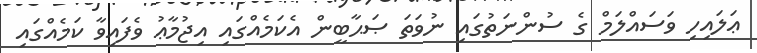
ޢަލައިހި ވަސައްލަމް ގެ ސުންނަތުގައި ނުވަތަ ޞަޙާބީން އެކަމެއްގައި އިޖުމާޢު ވެފައިވާ ކަމެއްގައި